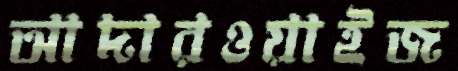
আদারওয়াইজ